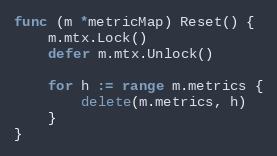
Language: Go
func (m *metricMap) Reset() {
	m.mtx.Lock()
	defer m.mtx.Unlock()

	for h := range m.metrics {
		delete(m.metrics, h)
	}
}